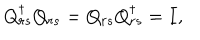
LaTeX: Q _ { r s } ^ { \dagger } Q _ { r s } = Q _ { r s } Q _ { r s } ^ { \dagger } = I ,